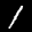
Label: 1